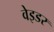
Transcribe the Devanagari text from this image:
वेइडर